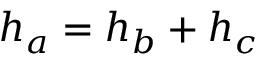
h _ { a } = h _ { b } + h _ { c }